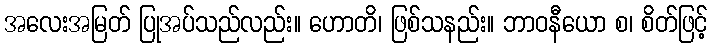
အလေးအမြတ် ပြုအပ်သည်လည်း။ ဟောတိ၊ ဖြစ်သနည်း။ ဘာဝနီယော စ၊ စိတ်ဖြင့်